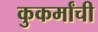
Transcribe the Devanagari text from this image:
कुकर्मांची